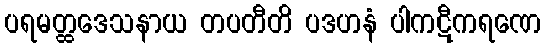
ပရမတ္ထဒေသနာယ တပတီတိ ပဒဟနံ ပါကဋီကရဏေ